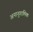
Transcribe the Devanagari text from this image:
अनानुगामिक